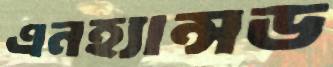
এনহ্যান্সড